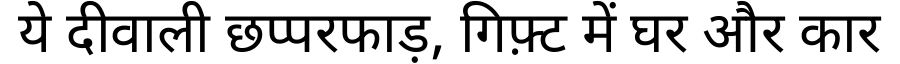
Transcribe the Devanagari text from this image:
ये दीवाली छप्परफाड़, गिफ़्ट में घर और कार